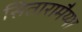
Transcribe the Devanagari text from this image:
सितारामैय्या